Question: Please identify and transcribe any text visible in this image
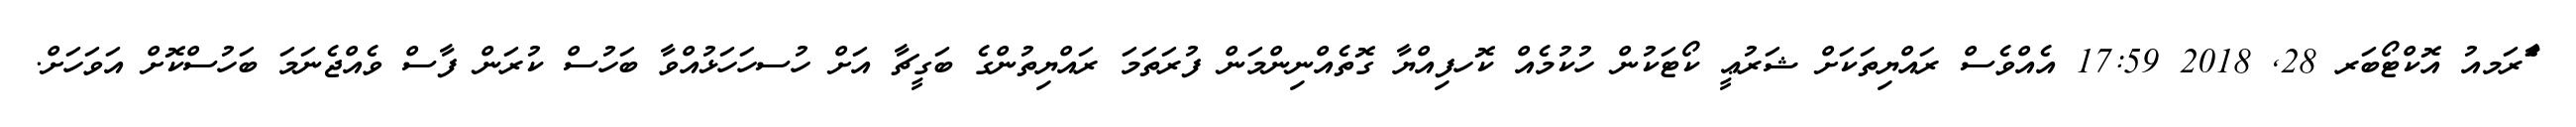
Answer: ާަެރަމއު އޮކްޓޯބަރ 28, 2018 17:59 އެއްވެސް ރައްޔިތަކަށް ޝަރުޢީ ކޯޓަކުން ހުކުމެއް ކޮހފިއްޔާ ގޮތެއްނިންމަން ފުރަތަމަ ރައްޔިތުންގެ ބަގީޗާ އަށް ހުސހަހަޅުއްވާ ބަހުސް ކުރަން ފާސް ވެއްޖެނަމަ ބަހުސްކޮށް އަވަހަށް.